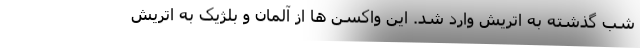
شب گذشته به اتریش وارد شد. این واکسن ها از آلمان و بلژیک به اتریش